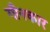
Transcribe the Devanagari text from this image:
गीनकार